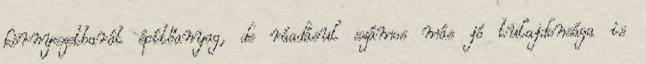
környezetbarát építőanyag, de ráadásul számos más jó tulajdonsága is